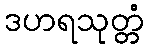
ဒဟရသုတ္တံ